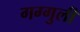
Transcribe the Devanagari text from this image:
गग्गुली